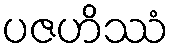
ပဇဟိဿံ